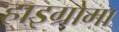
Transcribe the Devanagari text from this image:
हाइग्रोमा